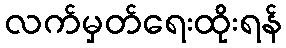
လက်မှတ်ရေးထိုးရန်